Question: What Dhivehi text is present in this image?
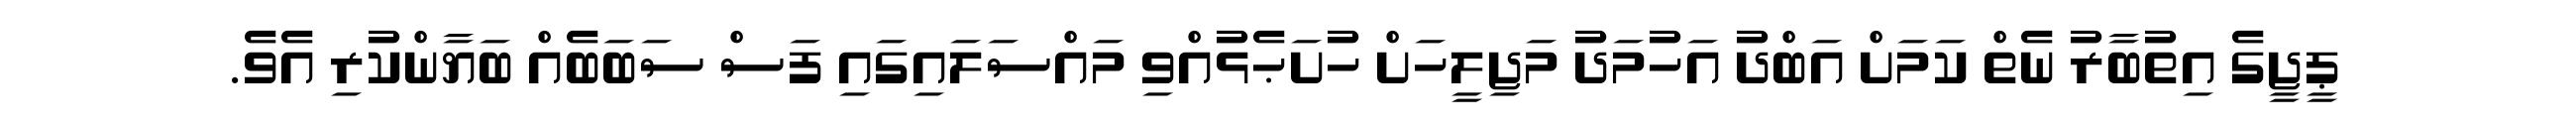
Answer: ޕީޖީގެ އިތުބާރު ނެތް ކަމަށް އަބްދު އަހުމަދު މަޖިލީހަށް ހުށަޙެޅުއްވި މައްސަލައިގައި ފަސް ސަބަބެއް ބަޔާންކުރި އެވެ.